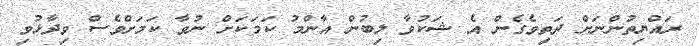
ރައްޔިތުންނަށް ދަތިވެގެން އެ ޝަކުވާ ލިބުން އާންމު ކަމަކަށް ނުވާ ކަމަށްވެސް ވިދާޅުވި